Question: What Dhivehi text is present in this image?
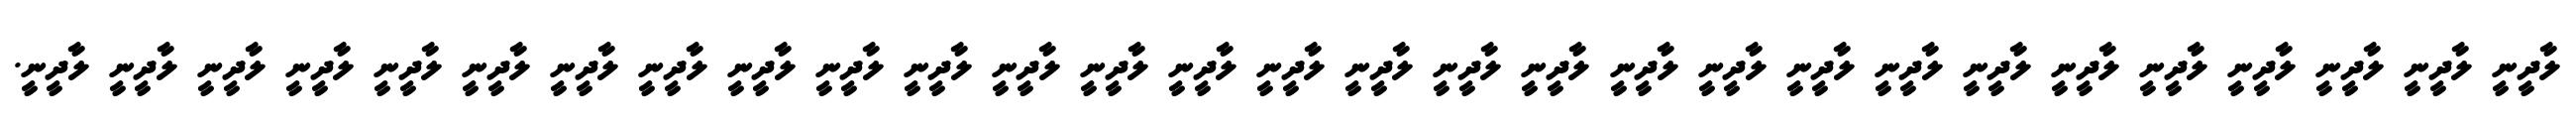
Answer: ލާދީނީ ލާދީނީ ލާދީނީ ލާދީނީ ލާދީނީ ލާދީނީ ލާދީނީ ލާދީނީ ލާދީނީ ލާދީނީ ލާދީނީ ލާދީނީ ލާދީނީ ލާދީނީ ލާދީނީ ލާދީނީ ލާދީނީ ލާދީނީ ލާދީނީ ލާދީނީ ލާދީނީ ލާދީނީ ލާދީނީ ލާދީނީ ލާދީނީ ލާދީނީ ލާދީނީ ލާދީނީ ލާދީނީ.